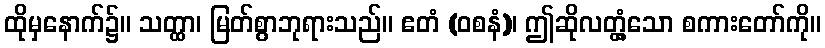
ထိုမှနောက်၌။ သတ္ထာ၊ မြတ်စွာဘုရားသည်။ ဧတံ (ဝစနံ)၊ ဤဆိုလတ္တံ့သော စကားတော်ကို။